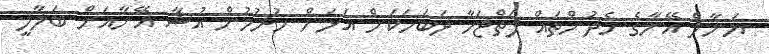
ޔަނާލް އޭނާގެ ހެދުންތައް ފަތްޖަހާ ދަބަހަކަށް އަޅަން ހުރުމުން އުޝާ އޭނާއަށް ބަލާލީ